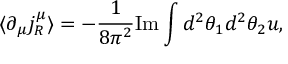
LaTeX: \langle \partial _ { \mu } j _ { R } ^ { \mu } \rangle = - \frac { 1 } { 8 \pi ^ { 2 } } \mathrm { I m } \int d ^ { 2 } \theta _ { 1 } d ^ { 2 } \theta _ { 2 } u ,